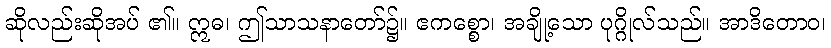
ဆိုလည်းဆိုအပ် ၏။ ဣဓ၊ ဤသာသနာတော်၌။ ဧကစ္စော၊ အချို့သော ပုဂ္ဂိုလ်သည်။ အာဒိတောဝ၊